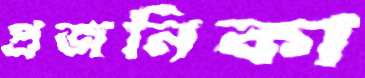
প্রজনিকা